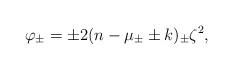
LaTeX: \begin{align*}\varphi_{\pm} = \pm 2 (n - \mu_{\pm} \pm k)_{\pm} \zeta^2,\end{align*}